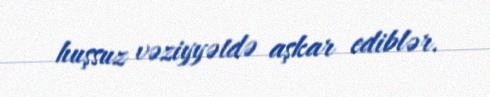
huşsuz vəziyyətdə aşkar ediblər.